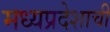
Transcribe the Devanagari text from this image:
मध्‍यप्रदेशाची